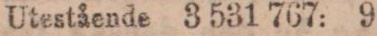
Utestående 3 531 767: 9